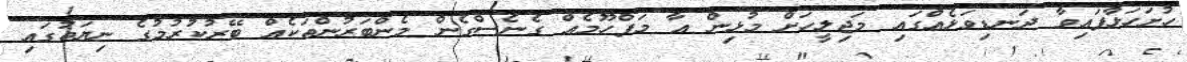
ހުށަހަޅާފައިވާ ދަނޑިވަޅެއްގައި މަޖިލީހަށް މުޅިން އާ މަފްހޫމެއް ގެނެސްގެން މެންބަރުންތަކެއް ބޭރުކުރުމުގެ ނިޔަތުގައި